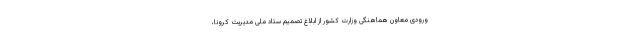
ورودی معاون هماهنگی وزارت کشور از ابلاغ تصمیم ستاد ملی مدیریت کرونا،